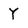
Character: Y